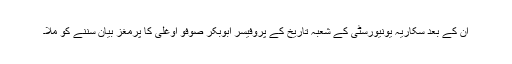
ان کے بعد سکاریہ یونیورسٹی کے شعبہ تاریخ کے پروفیسر ابوبکر صوفو اوغلی کا پرمغز بیان سننے کو ملا۔